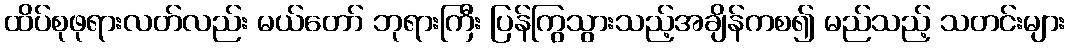
ထိပ်စုဖုရားလတ်လည်း မယ်တော် ဘုရားကြီး ပြန်ကြွသွားသည့်အချိန်ကစ၍ မည်သည့် သတင်းများ